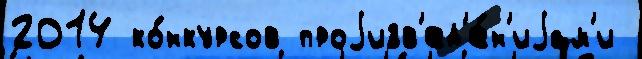
2014 ко́нкурсов проjизв'ед'е́н'иjам'и